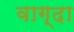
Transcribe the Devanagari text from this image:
वाग्दा